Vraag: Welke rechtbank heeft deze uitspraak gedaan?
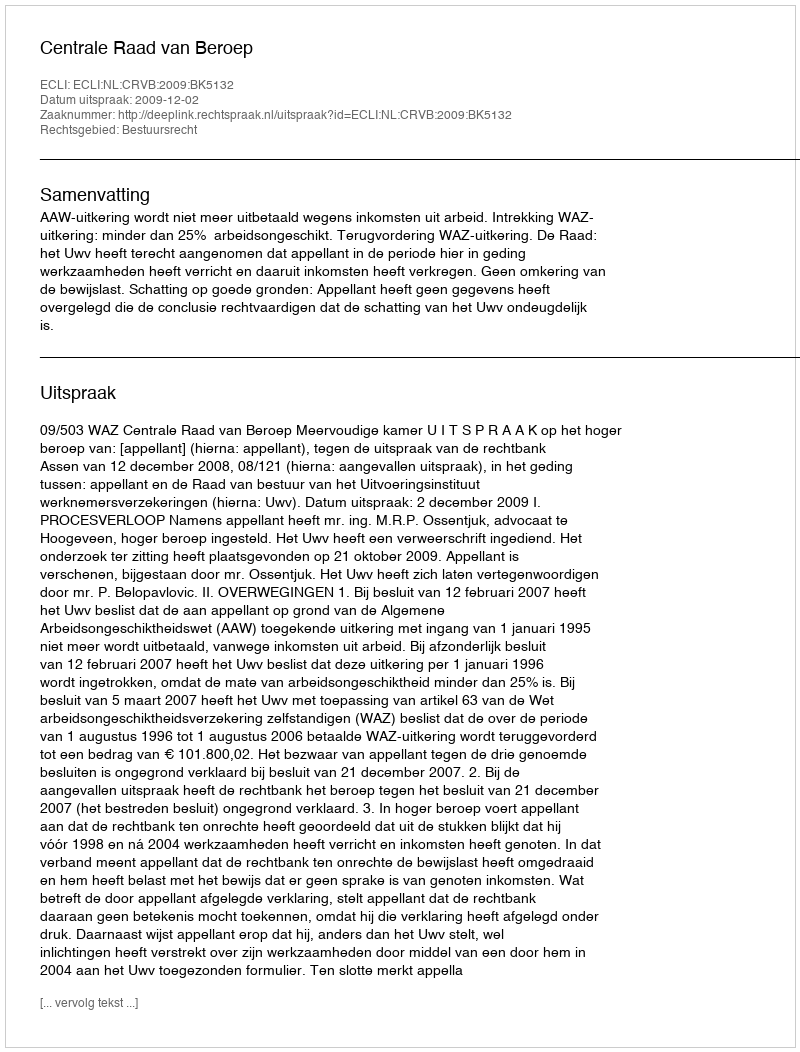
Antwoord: Centrale Raad van Beroep